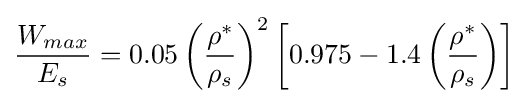
{\frac {W_{max}}{E_{s}}}=0.05\left({\frac {\rho ^{*}}{\rho _{s}}}\right)^{2}\left[0.975-1.4\left({\frac {\rho ^{*}}{\rho _{s}}}\right)\right]